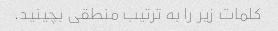
کلمات زیر را به ترتیب منطقی بچینید.